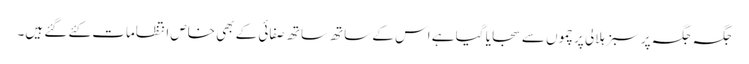
جگہ جگہ پر سبز ہلالی پرچموں سے سجایا گیا ہے اس کے ساتھ ساتھ صفائی کے بھی خاص انتظامات کئے گئے ہیں۔